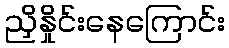
ညှိနှိုင်းနေကြောင်း